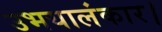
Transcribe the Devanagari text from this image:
उभयालंकार।